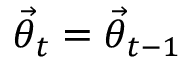
\ensuremath { \vec { \theta } } _ { t } = \ensuremath { \vec { \theta } } _ { t - 1 }